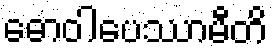
ဓောဝါပေဿာမီတိ